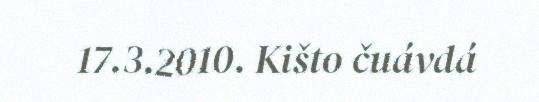
17.3.2010. Kišto čuávdá